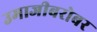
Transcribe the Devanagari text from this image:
उमाजीबरोबर